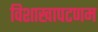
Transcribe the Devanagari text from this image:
विशाखापटणम